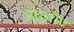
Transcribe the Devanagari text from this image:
ख़तीर